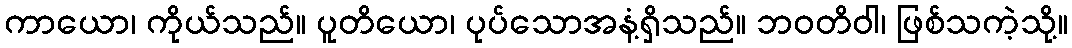
ကာယော၊ ကိုယ်သည်။ ပူတိယော၊ ပုပ်သောအနံ့ရှိသည်။ ဘဝတိဝါ၊ ဖြစ်သကဲ့သို့။